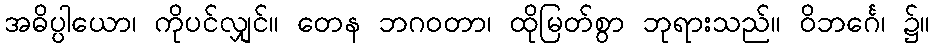
အဓိပ္ပါယော၊ ကိုပင်လျှင်။ တေန ဘဂဝတာ၊ ထိုမြတ်စွာ ဘုရားသည်။ ဝိဘင်္ဂေ၊ ၌။